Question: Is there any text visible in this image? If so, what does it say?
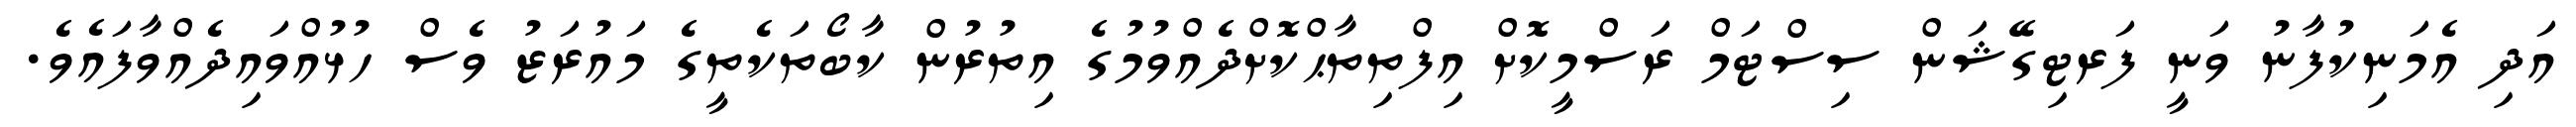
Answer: އަދި އެމަނިކުފާނު ވަނީ ފަރޓިގޭޝަން ސިސްޓަމް ރަސްމީކޮށް އިފްތިތާޙްކޮށްދެއްވުމުގެ އިތުރުން ކާބޯތަކެތީގެ މައުރަޒު ވެސް ހުޅުއްވައިދެއްވާފައެވެ.